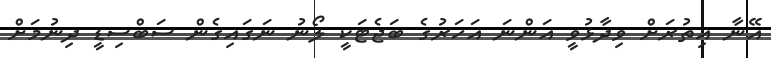
އޭނާ އިތުރަށް ވިދާޅުވީ އަންނަ އަހަރުގެ ބަޖެޓަކީ ލޯނު ނަގައިގެން ސަބްސިޑީ ދިނުމަށް